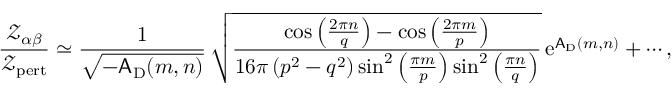
\frac { { \mathscr Z } _ { \alpha \beta } } { { \mathscr Z } _ { \mathrm { p e r t } } } \simeq \frac { 1 } { \sqrt { - \mathsf { A } _ { \mathrm { D } } ( m , n ) } } \, \sqrt { \frac { \cos \left( \frac { 2 \pi n } { q } \right) - \cos \left( \frac { 2 \pi m } { p } \right) } { 1 6 \pi \left( p ^ { 2 } - q ^ { 2 } \right) \sin ^ { 2 } \left( \frac { \pi m } { p } \right) \sin ^ { 2 } \left( \frac { \pi n } { q } \right) } } \, { \mathrm { e } } ^ { \mathsf { A } _ { \mathrm { D } } ( m , n ) } + \cdots ,